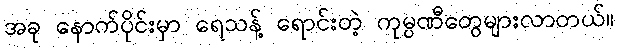
အခု နောက်ပိုင်းမှာ ရေသန့် ရောင်းတဲ့ ကုမ္ပဏီတွေများလာတယ်။